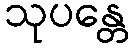
သုပန္တေ